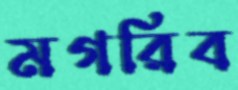
মগরিব